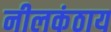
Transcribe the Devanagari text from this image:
नीलकंठाय